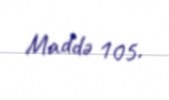
Maddə 105.